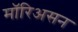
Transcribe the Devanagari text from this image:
मॉरिअसन